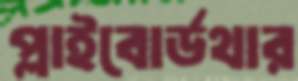
প্লাইবোর্ডথার